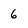
Character: 6